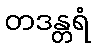
တဒန္တရံ